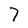
Character: 7